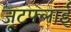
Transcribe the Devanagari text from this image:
जूटफ्लाई